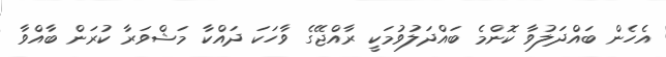
އެހެން ބައްދަލުވާ ކޮންމެ ބައްދަލުވުމަކީ ރާއްޖޭގެ ވާހަކަ ދައްކާ މަޝްވަރާ ކުރަން ބާއްވާ